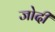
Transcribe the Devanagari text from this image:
जोदी